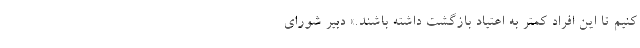
کنیم تا این افراد کمتر به اعتیاد بازگشت داشته باشند.» دبیر شورای